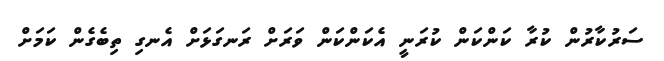
ސަރުކާރުން ކުރާ ކަންކަން ކުރަނީ އެކަންކަން ވަރަށް ރަނގަޅަށް އެނގި ތިބެގެން ކަމަށް